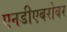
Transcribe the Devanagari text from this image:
एनडीएबरोबर